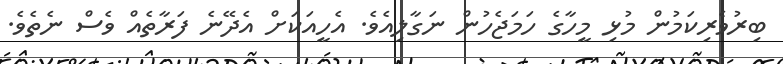
ބިރުވެރިކަމުން މުޅި މީހާގެ ހަމަޖެހުން ނަގާލިއެވެ. އެހީއަކަށް އެދޭނެ ފަރާތެއް ވެސް ނެތެވެ.